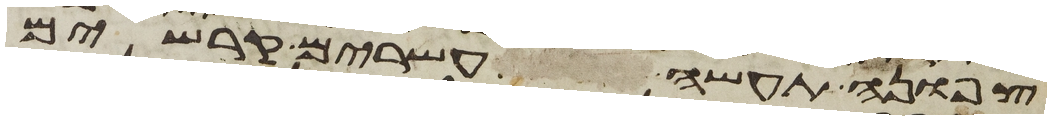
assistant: צפונה תעשה עשרים קרשים